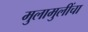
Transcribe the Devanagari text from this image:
मुलामुलींचा